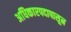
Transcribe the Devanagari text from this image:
अधिकारपदापासून